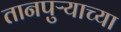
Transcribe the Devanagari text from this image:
तानपुऱ्याच्या